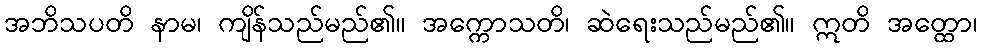
အဘိသပတိ နာမ၊ ကျိန်သည်မည်၏။ အက္ကောသတိ၊ ဆဲရေးသည်မည်၏။ ဣတိ အတ္ထော၊